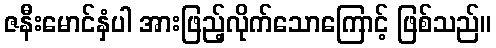
ဇနီးမောင်နှံပါ အားဖြည့်လိုက်သောကြောင့် ဖြစ်သည်။